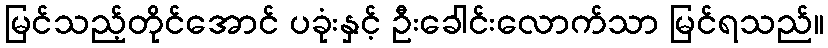
မြင်သည့်တိုင်အောင် ပခုံးနှင့် ဦးခေါင်းလောက်သာ မြင်ရသည်။